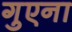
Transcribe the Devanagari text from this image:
गुएना